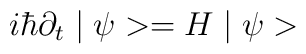
i \hbar \partial _{t} \mid \psi >=H \mid \psi >